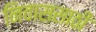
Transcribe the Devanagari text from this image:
निवाससाठी